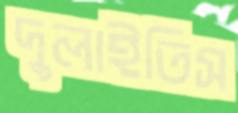
দুলাইতিস